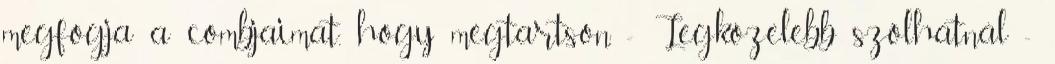
megfogja a combjaimat, hogy megtartson. - Legközelebb szólhatnál -